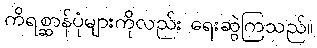
ကိရစ္ဆာန်ပုံများကိုလည်း ရေးဆွဲကြသည်။